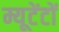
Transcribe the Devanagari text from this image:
म्यूटेंटों